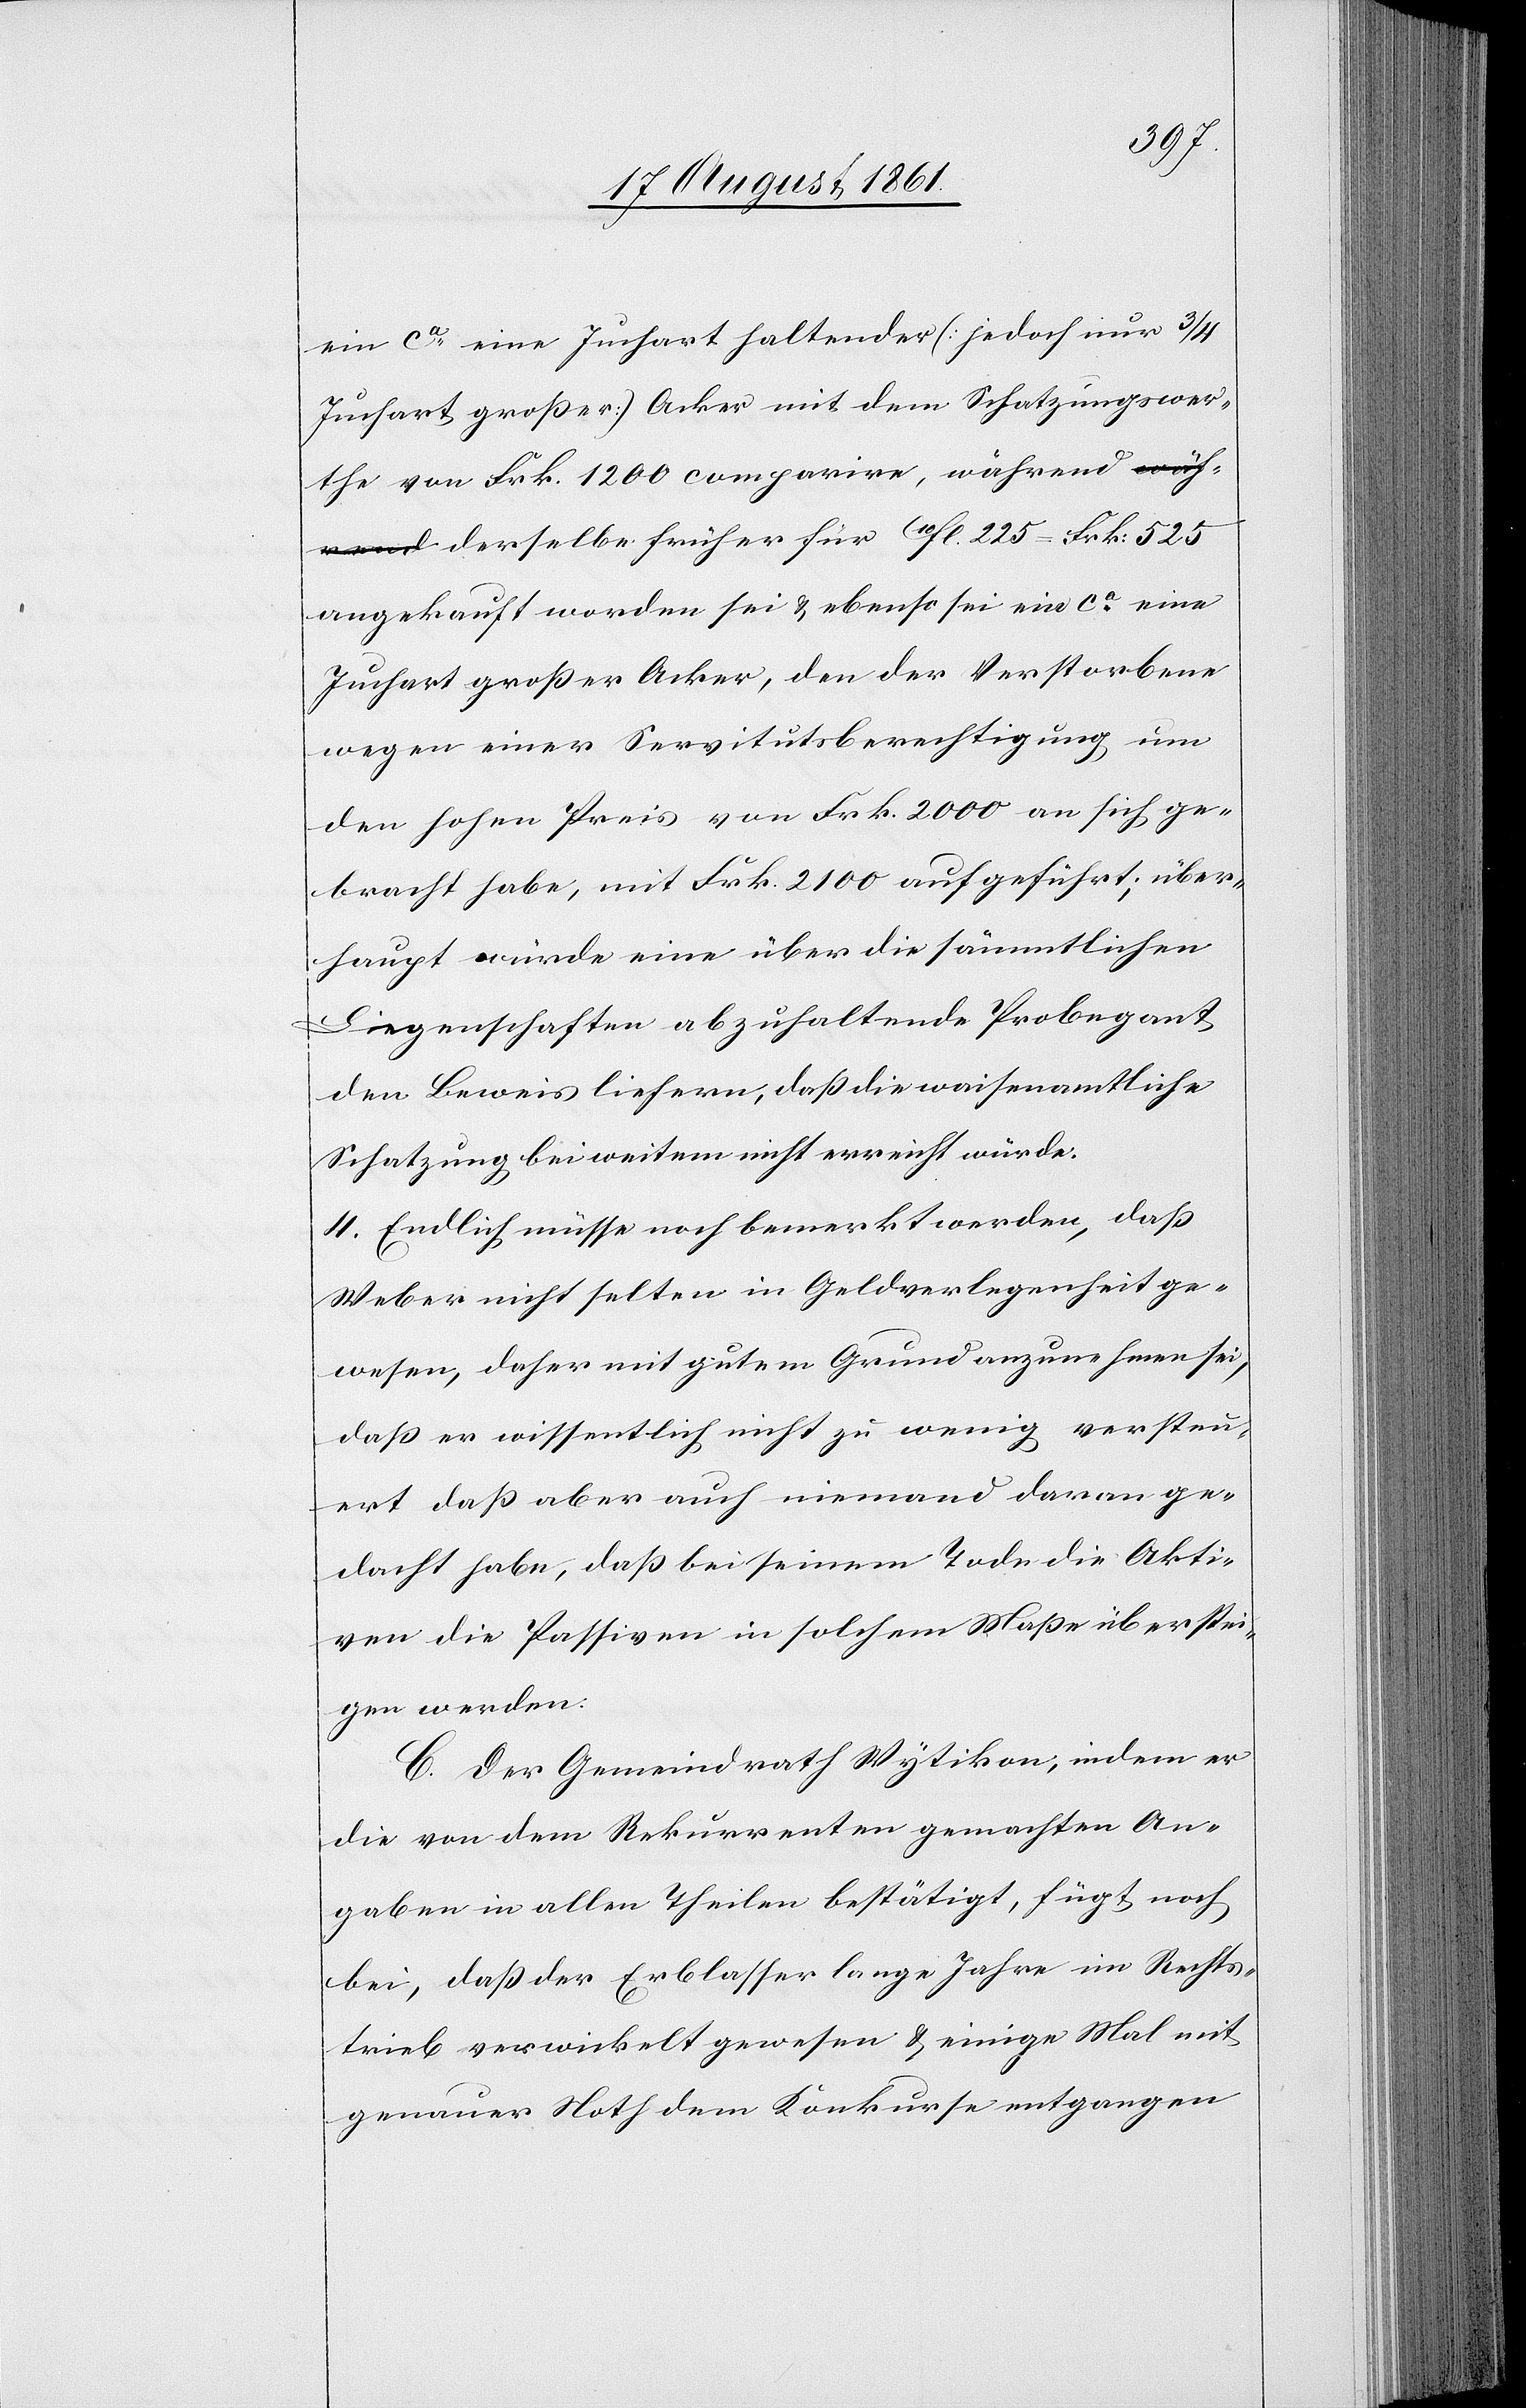
ein ca eine Juchart haltender [jedoch nur 3/4
großer] Acker mit dem Schatzungswer¬
the von Frk. 1200 comparire, währen¬
d derselbe früher für 10fl. 225 = Frk. 525
angekauft worden sei u. ebenso sei ca eine
Juchart großer Acker, den der Verstorbene
wegen einer Servitutsberechtigung um
den hohen Preis von Frk. 2000 an sich ge¬
bracht habe, mit Frk. 2100 aufgeführt; über¬
haupt würde eine über die sämmtlichen
Liegenschaften abzuhaltende Probegant
den Beweis liefern, daß die waisenamtliche
Schatzung bei weitem nicht erreicht würde.
4. Endlich müsse noch bemerkt werden, daß
Weber nicht selten in Geldverlegenheit ge¬
wesen, daher mit gutem Grund anzunehmen sei,
daß er wissentlich nicht zu wenig versteu¬
ert daß aber auch niemand daran ge¬
dacht habe, daß bei seinem Tode die Akti¬
ven die Passiven in solchem Maße überstei¬
gen werden:
C. Der Gemeindrath Wytikon, indem er
die von dem Rekurrenten gemachten An¬
gaben in allen Theilen bestätigt, fügt noch
bei, daß der Erblasser lange Jahre im Rechts¬
trieb verwickelt gewesen u. einige Mal mit
genauer Noth dem Konkurse entgangen